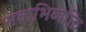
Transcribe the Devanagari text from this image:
नवाभिव्यक्ति